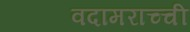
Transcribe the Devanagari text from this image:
वदामराच्ची